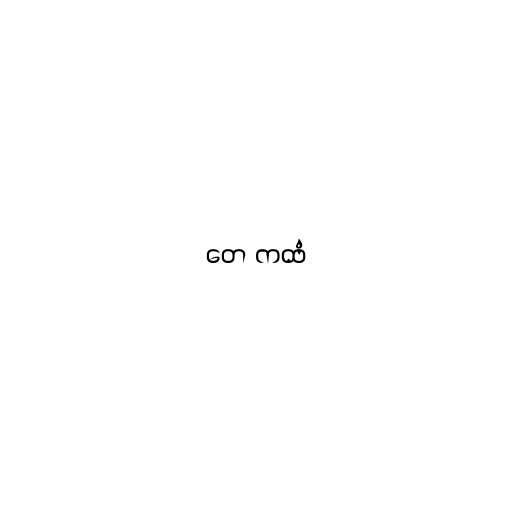
တေ ကထံ